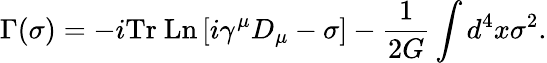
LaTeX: \Gamma(\sigma)=-i\mathrm{Tr~Ln}\left[i\gamma^{\mu}D_{\mu}-\sigma\right]-\frac{1}{2G}\int d^{4}x\sigma^{2}.